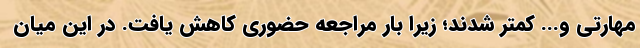
مهارتی و... کمتر شدند؛ زیرا بار مراجعه حضوری کاهش یافت. در این میان